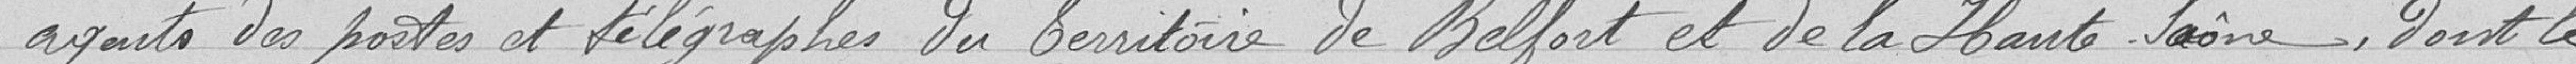
agents des postes et télégraphes du Territoire de Belfort et de la Haute-Saône, dont le